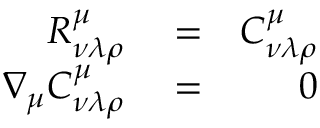
\begin{array} { r l r } { R _ { \nu \lambda \rho } ^ { \mu } } & { { } = } & { C _ { \nu \lambda \rho } ^ { \mu } } \\ { \nabla _ { \mu } C _ { \nu \lambda \rho } ^ { \mu } } & { { } = } & { 0 } \end{array}